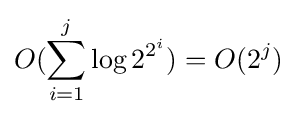
O(\sum _{i=1}^{j}\log 2^{2^{i}})=O(2^{j})